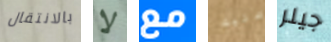
بالانتقال لا مع عليك جيلر